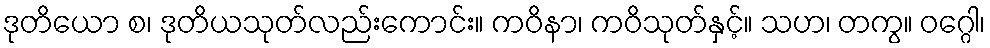
ဒုတိယော စ၊ ဒုတိယသုတ်လည်းကောင်း။ ကဝိနာ၊ ကဝိသုတ်နှင့်။ သဟ၊ တကွ။ ဝဂ္ဂေါ၊